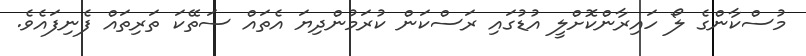
މުސްކާންގެ ލޯ ހައިރާންކޮށްލީ އުޑުގައި ރަސްކަން ކުރަމުންދިޔަ އެތައް ސަތޭކަ ތަރިތައް ފެނިފައެވެ.